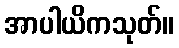
အာပါယိကသုတ်။